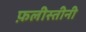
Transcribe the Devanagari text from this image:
फ़लीस्तीनी